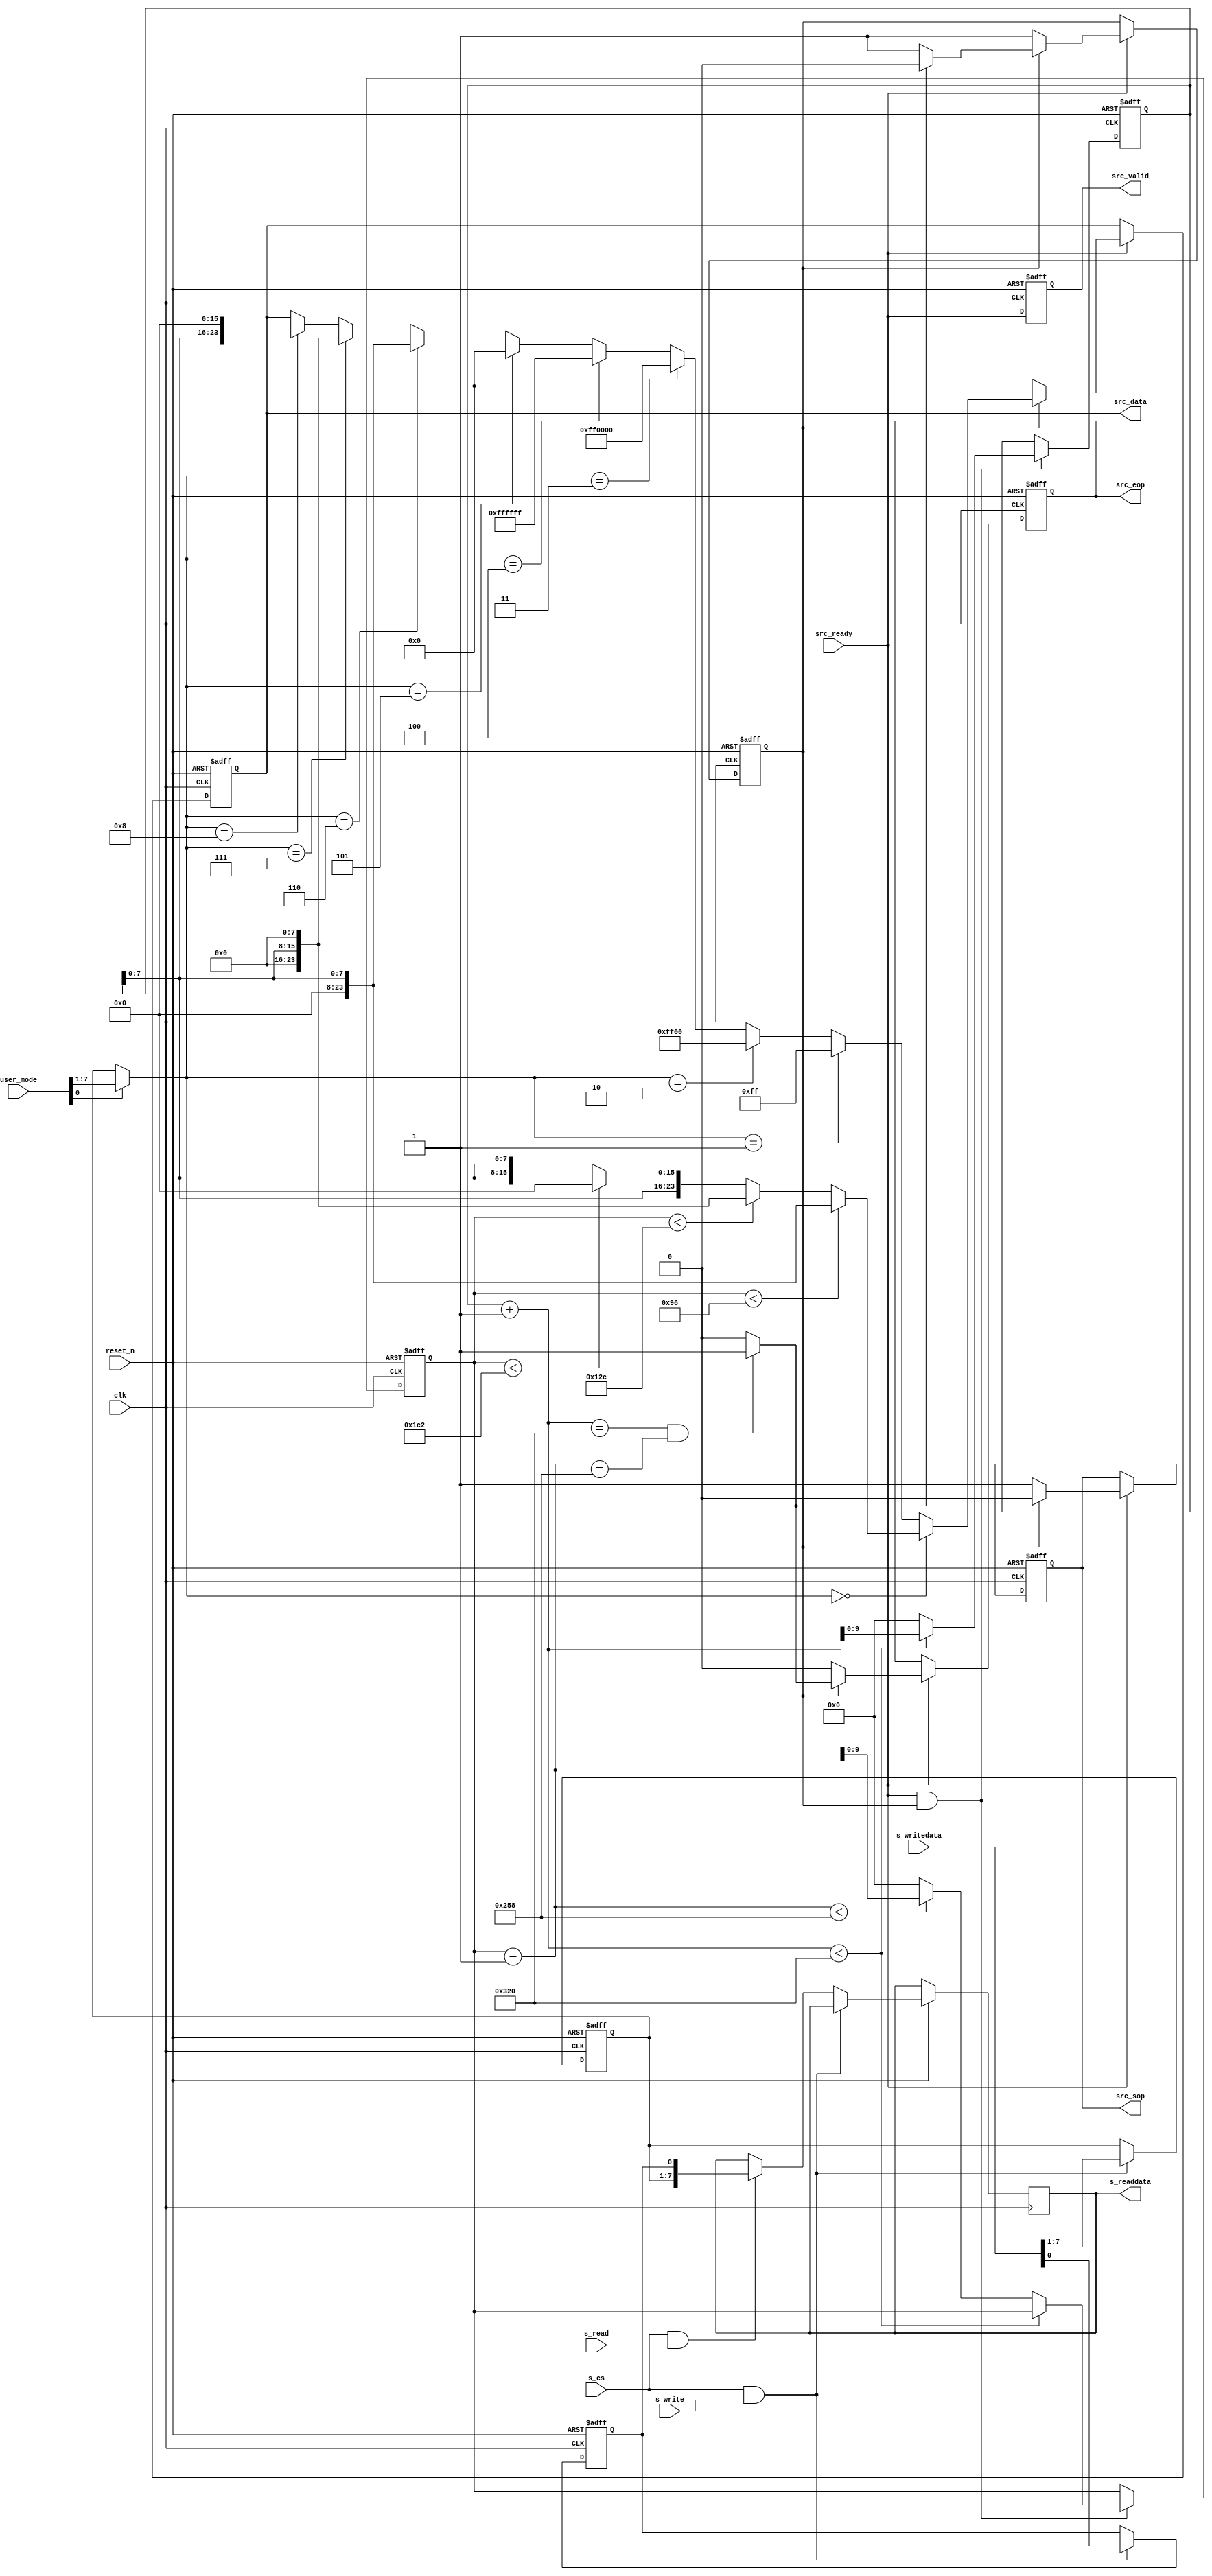
module TERASIC_STREAM_SOURCE(
	// clock
	clk,
	reset_n,
	
	// mm slave
	s_cs,
	s_read,
	s_write,
	s_readdata,
	s_writedata,
	
	
	// streaming source
	src_ready,
	src_valid,
	src_data,
	src_sop,
	src_eop,
	
	user_mode
	
	
);

parameter VIDEO_W	= 800;
parameter VIDEO_H	= 600;


	// clock
input							clk;
input							reset_n;



	// mm slave
input							s_cs;
input							s_read;
input							s_write;
output	reg	[7:0]		s_readdata;
input		[7:0]				s_writedata;

	
	// streaming source
input							src_ready;
output	reg				src_valid;
output	reg [23:0]		src_data;
output	reg				src_sop;
output	reg				src_eop;

	// mode
input		[7:0]				user_mode;


`define	PAT_SCALE			7'd0
`define	PAT_RED				7'd1
`define	PAT_GREEN			7'd2
`define	PAT_BLUE				7'd3
`define	PAT_WHITE			7'd4
`define	PAT_BLACK			7'd5
`define	PAT_RED_SCALE		7'd6
`define	PAT_GREEN_SCALE	7'd7
`define	PAT_BLUE_SCALE		7'd8

//////////////////////////////////
// mm slave
// bit0: 1 start streaming, 0 stop streaming
// bit1~7: pattern mode

reg 		 stream_active;
reg [6:0] pat_id;

always @ (posedge clk or negedge reset_n)
begin	
	if (~reset_n)
	begin
		pat_id <= 0;
		stream_active <= 1'b1; // defautl active for testing
	end
	else if (s_cs & s_write)
		{pat_id, stream_active} <= s_writedata;
	else if (s_cs & s_read)
		s_readdata <= {pat_id, stream_active};
end

//////////////////////////////////
// generate x & y
reg [9:0] x;
reg [9:0] y;


wire next_xy;
assign next_xy = src_ready & is_send_video_data;

always @ (posedge clk or negedge reset_n)
begin
	if (~reset_n)
	begin
		x <= 0;
		y <= 0;
	end
	else if (next_xy) 
	begin
		if (x+1 < VIDEO_W)
			x <= x + 1;
		else if (y+1 < VIDEO_H)
		begin
			y <= y + 1;
			x <= 0;
		end
		else
		begin
			x <= 0;
			y <= 0;
		end
	end
end

///////////////////////////////////
// pat id
wire [6:0] disp_pat;
assign disp_pat = user_mode[0]?user_mode[7:1]:pat_id;

///////////////////////////////////
// generate src_data, src_eop, src_valid according to x & y;
// 
reg is_send_video_data;

always @ (posedge clk or negedge reset_n)
begin
	if (~reset_n)
		src_valid <= 1'b0;
	else
		src_valid <= src_ready;
end

wire is_last_pixel;
assign is_last_pixel = ( ((x+1)==VIDEO_W) && ((y+1) == VIDEO_H) )?1'b1:1'b0;

always @ (posedge clk or negedge reset_n)
begin
	if (~reset_n)
	begin
		is_send_video_data <= 1'b0; // need to send packet id first
		src_sop <= 1'b0;
		src_eop <= 1'b0;
		src_data <= 0;
	end
	else if (src_ready)
	begin
		if (~is_send_video_data)
		begin // send packet id
			is_send_video_data <= 1'b1;
			src_sop <= 1'b1;
			src_eop <= 1'b0;
			src_data <= 0; // 0: presents 'Video data packet'
		end
		else
		begin
			src_sop <= 1'b0;//(x==0 && y ==0)?1'b1:1'b0;
			src_eop <= is_last_pixel;
			if (is_last_pixel)
				is_send_video_data <= 1'b0; // no more send video data 

			
			if (disp_pat == `PAT_SCALE)
			begin
				if (y < VIDEO_H/4)
					src_data <= {8'h00, 8'h00, x[7:0]}; 
				else if (y < VIDEO_H/2)
					src_data <= {8'h00, x[7:0], 8'h00}; 
				else if (y < VIDEO_H*3/4)
					src_data <= {x[7:0], 8'h00, 8'h00}; 
				else
					src_data <= {x[7:0], x[7:0], x[7:0]}; 
			end
			else if (disp_pat == `PAT_RED)
				src_data <= {8'h00, 8'h00, 8'hff};
			else if (disp_pat == `PAT_GREEN)
				src_data <= {8'h00, 8'hff, 8'h00};
			else if (disp_pat == `PAT_BLUE)
				src_data <= {8'hff, 8'h00, 8'h00};
			else if (disp_pat == `PAT_WHITE)
				src_data <= {8'hff, 8'hff, 8'hff};
			else if (disp_pat == `PAT_BLACK)
				src_data <= {8'h00, 8'h00, 8'h00};
			else if (disp_pat == `PAT_RED_SCALE)
				src_data <= {8'h00, 8'h00, x[7:0]};
			else if (disp_pat == `PAT_GREEN_SCALE)
				src_data <= {8'h00, x[7:0], 8'h00};
			else if (disp_pat == `PAT_BLUE_SCALE)
				src_data <= {x[7:0], 8'h00, 8'h00};
		end
	end
		
end




endmodule